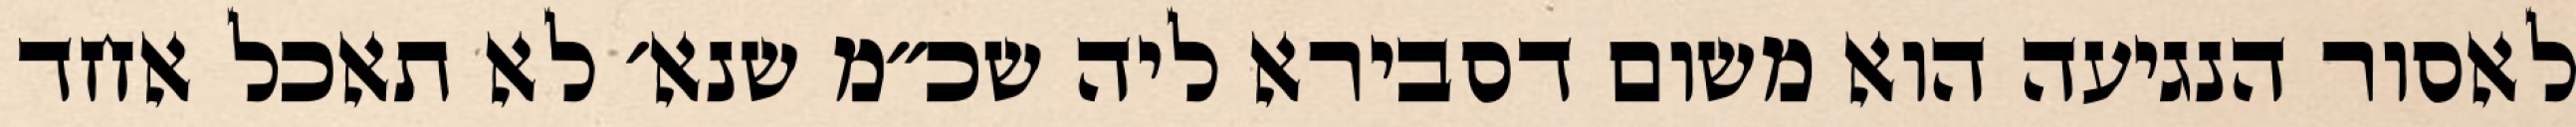
לאסור הנגיעה הוא משום דסבירא ליה שכ״מ שנא׳ לא תאכל אחד